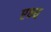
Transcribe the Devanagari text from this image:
एभ्य